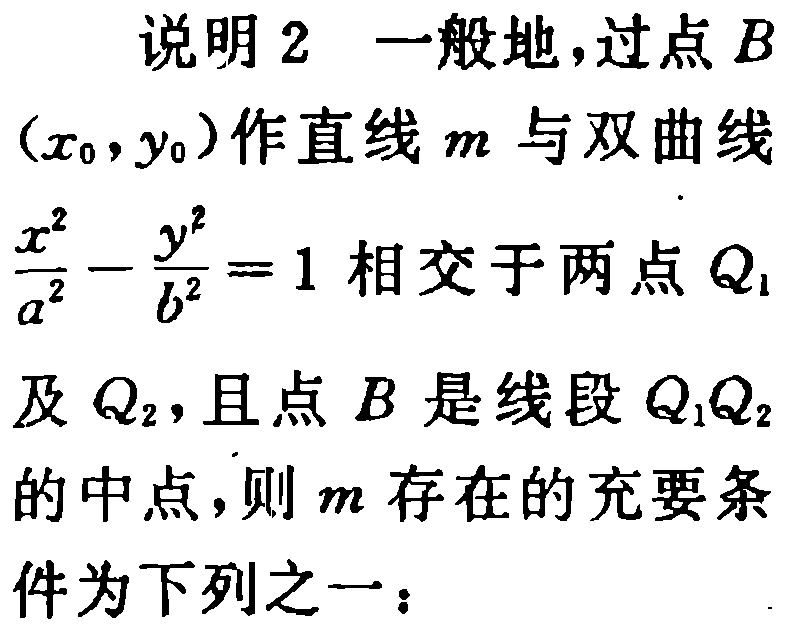
说明 2 一般地，过点 \(B(x_0,y_0)\) 作直线 \(m\) 与双曲线 \(\frac{x^{2}}{a^{2}}-\frac{y^{2}}{b^{2}} = 1\) 相交于两点 \(Q_1\) 及 \(Q_2\)，且点 \(B\) 是线段 \(Q_1Q_2\) 的中点，则 \(m\) 存在的充要条件为下列之一：